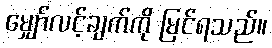
မျှော်လင့်ချက်ကို မြင်ရသည်။